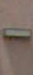
-